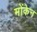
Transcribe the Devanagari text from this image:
मोंकेन